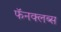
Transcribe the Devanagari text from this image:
फॅनक्लब्स